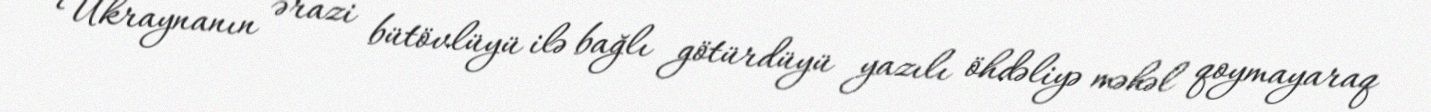
Ukraynanın ərazi bütövlüyü ilə bağlı götürdüyü yazılı öhdəliyə məhəl qoymayaraq